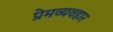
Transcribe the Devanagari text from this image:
प्रेमव्यवहार